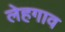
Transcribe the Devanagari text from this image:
लेहगाव